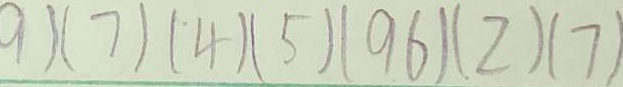
9 ) ( 7 ) ( 4 ) ( 5 ) ( 9 6 ) ( 2 ) ( 7 )